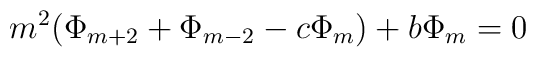
m^2(\Phi_{m+2}+\Phi_{m-2}-c\Phi_{m})+b\Phi_m=0